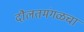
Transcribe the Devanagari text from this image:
दौलतमंगळचा